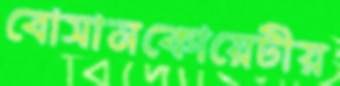
বোসানকোয়েটীয়